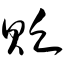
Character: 贬